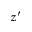
z ^ { \prime }